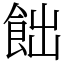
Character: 飿